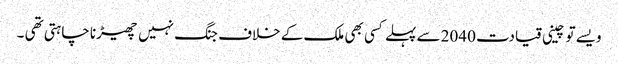
ویسے تو چینی قیادت 2040 سے پہلے کسی بھی ملک کے خلاف جنگ نہیں چھیڑنا چاہتی تھی ۔